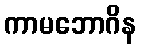
ကာမဘောဂိန